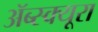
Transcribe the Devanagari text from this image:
ॲब्स्क्यूरा